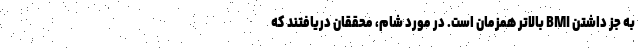
به جز داشتن BMI بالاتر همزمان است. در مورد شام، محققان دریافتند که